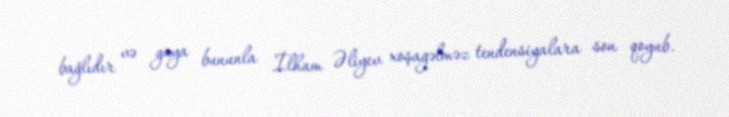
bağlıdır və guya bununla İlham Əliyev xoşagəlməz tendensiyalara son qoyub.